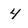
Character: 4